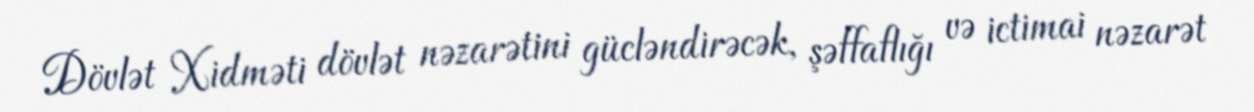
Dövlət Xidməti dövlət nəzarətini gücləndirəcək, şəffaflığı və ictimai nəzarət